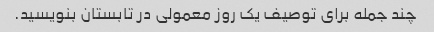
چند جمله برای توصیف یک روز معمولی در تابستان بنویسید.